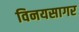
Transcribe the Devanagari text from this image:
विनयसागर